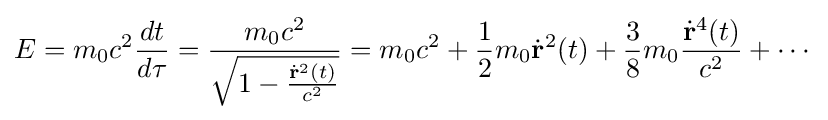
E=m_{0}c^{2}{\frac {dt}{d\tau }}={\frac {m_{0}c^{2}}{\sqrt {1-{\frac {{\dot {\mathbf {r} }}^{2}(t)}{c^{2}}}}}}=m_{0}c^{2}+{1 \over 2}m_{0}{\dot {\mathbf {r} }}^{2}(t)+{3 \over 8}m_{0}{\frac {{\dot {\mathbf {r} }}^{4}(t)}{c^{2}}}+\cdots